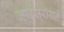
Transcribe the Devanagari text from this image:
व्हाईसरॉयने